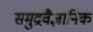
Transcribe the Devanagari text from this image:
समुद्रवैज्ञानिक